Annual vaccination report of Bihar and Orissa - 1911-1928
Year: 1911
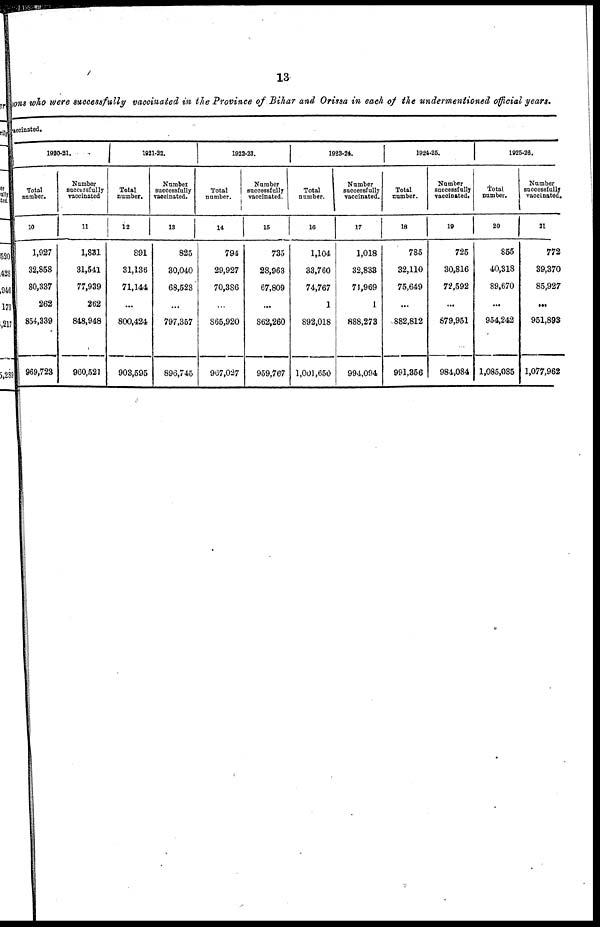
13
sons who were successfully vaccinated in the Province of Bihar and Orissa in each of the undermentioned official years.
iccinated.
1920-21.
Total
number.
10
1,927
32,858
80,337
262
854,339
969,723
Number
successfully
vaccinated
11
1,831
31,541
77,939
262
848,948
960,521
1921-22.
Total
number.
12
891
31,136
71,144
...
800,424
903,595
Number
successfully
vaccinated.
13
825
30,040
68,523
...
797,357
896,745
1922-23.
Total
number.
14
794
29,927
70,386
...
865,920
967,027
Number
successfully
vaccinated.
15
735
28,963
67,809
...
862,260
959,767
1923-24.
Total
number.
16
1,104
33,760
74,767
1
892,018
1,001,650
Number
successfully
vaccinated.
17
1,018
32,833
71,969
1
888,273
994,094
1924-25.
Total
number.
18
785
32,110
75,649
...
882,812
991,356
Number
successfully
vaccinated.
19
725
30,816
72,592
...
879,951
984,084
1925-26.
Total
number.
20
855
40,318
89,670
...
954,242
1,085,085
Number
successfully
vaccinated.
21
772
39,370
85,927
...
951,893
1,077,962